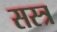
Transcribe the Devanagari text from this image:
सस्त्र